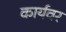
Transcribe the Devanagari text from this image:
कार्यवर